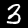
Digit: 3